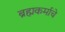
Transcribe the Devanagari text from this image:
ब्रह्मकर्माचे